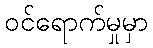
ဝင်ရောက်မှုမှာ